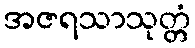
အဇရသာသုတ္တံ